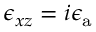
\epsilon _ { x z } = i \epsilon _ { \mathrm { a } }